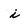
Character: i